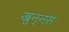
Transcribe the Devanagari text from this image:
खुन्नस